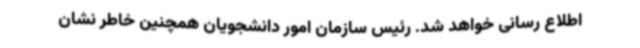
اطلاع رسانی خواهد شد. رئیس سازمان امور دانشجویان همچنین خاطر نشان